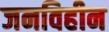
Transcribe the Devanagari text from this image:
जनविहीन